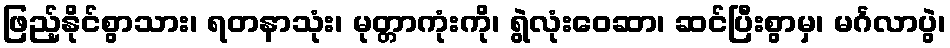
ဖြည့်နိုင်စွာသား၊ ရတနာသုံး၊ မုတ္တာကုံးကို၊ ရွဲလုံးဝေဆာ၊ ဆင်ပြီးစွာမှ၊ မင်္ဂလာပွဲ၊